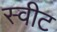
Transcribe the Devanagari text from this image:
स्‍वीट